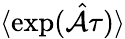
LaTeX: \langle\exp({\hat{\mathcal A}}\tau)\rangle